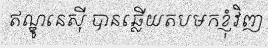
ឥណ្ឌូនេស៊ី បានឆ្លើយតបមកខ្ញុំវិញ